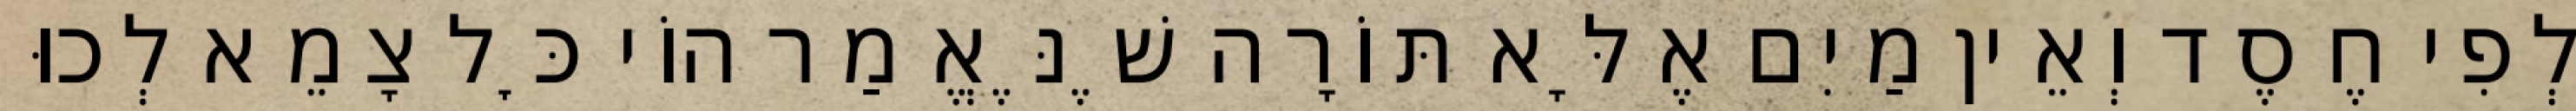
לְפִי חֶסֶד וְאֵין מַיִם אֶלָּא תּוֹרָה שֶׁנֶּאֱמַר הוֹי כׇּל צָמֵא לְכוּ